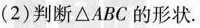
(2)判断△ABC的形状。